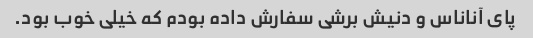
پای آناناس و دنیش برشی سفارش داده بودم که خیلی خوب بود.